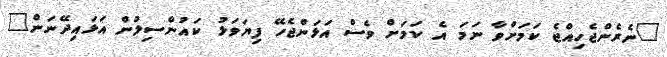
"ނެރެންޖެހިއްޖެ ކަމަށްވާ ނަމަ އެ ކަމަށް ވެސް އަޅަންޖެހޭ ފިޔަވަޅު ކައުންސިލުން އަޅައިދޭނަން"